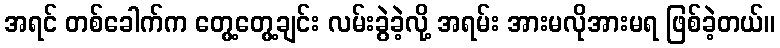
အရင် တစ်ခေါက်က တွေ့တွေ့ချင်း လမ်းခွဲခဲ့လို့ အရမ်း အားမလိုအားမရ ဖြစ်ခဲ့တယ်။